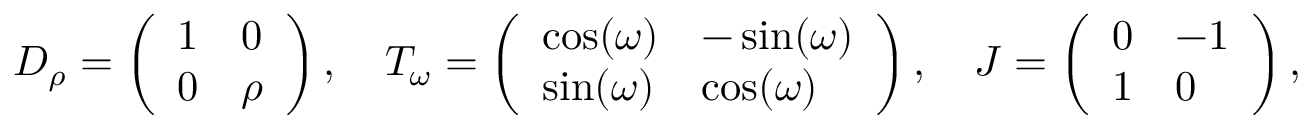
\begin{array} { r } { D _ { \rho } = \left( \begin{array} { l l } { 1 } & { 0 } \\ { 0 } & { \rho } \end{array} \right) , \quad T _ { \omega } = \left( \begin{array} { l l } { \cos ( \omega ) } & { - \sin ( \omega ) } \\ { \sin ( \omega ) } & { \cos ( \omega ) } \end{array} \right) , \quad J = \left( \begin{array} { l l } { 0 } & { - 1 } \\ { 1 } & { 0 } \end{array} \right) , } \end{array}